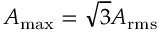
A _ { \operatorname* { m a x } } = \sqrt { 3 } A _ { \mathrm { r m s } }